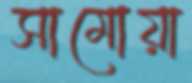
সামোয়া